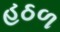
હઠળ